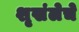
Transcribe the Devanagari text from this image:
शृखंलेचे